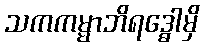
သကကမ္မာဘိရဒ္ဓေါမှိ